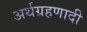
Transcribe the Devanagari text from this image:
अर्थग्रहणादी